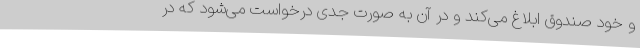
و خود صندوق ابلاغ می‌کند و در آن به صورت جدی درخواست می‌شود که در